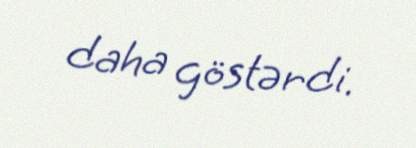
daha göstərdi.